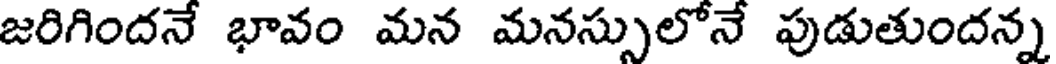
జరిగిందనే భావం మన మనస్సులోనే పుడుతుందన్న